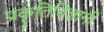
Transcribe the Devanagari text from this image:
प्रकृतिविज्ञानी